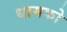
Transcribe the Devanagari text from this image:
धामको